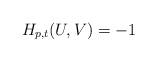
LaTeX: \begin{align*}H_{p,t}(U,V)=-1\end{align*}